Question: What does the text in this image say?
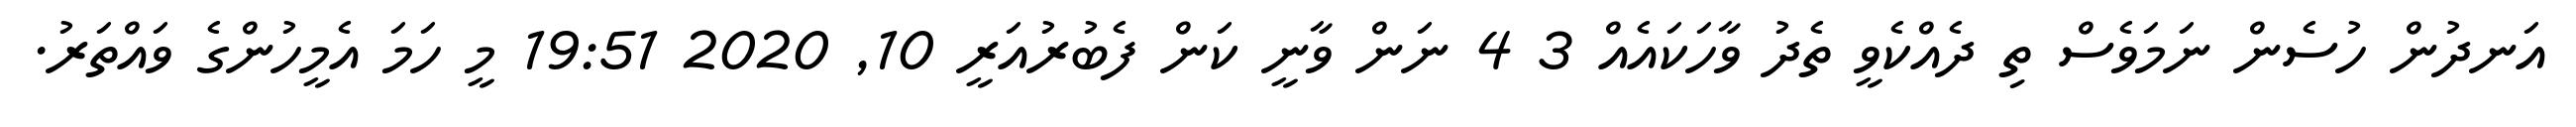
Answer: އަނދުން ހުސެން ނަމަވެސް ތި ދެއްކެވީ ތެދު ވާހަކައެއް 3 4 ނަން ވާނީ ކަން ފެބުރުއަރީ 10, 2020 19:51 މީ ހަމަ އެމީހުންގެ ވައްތަރު.